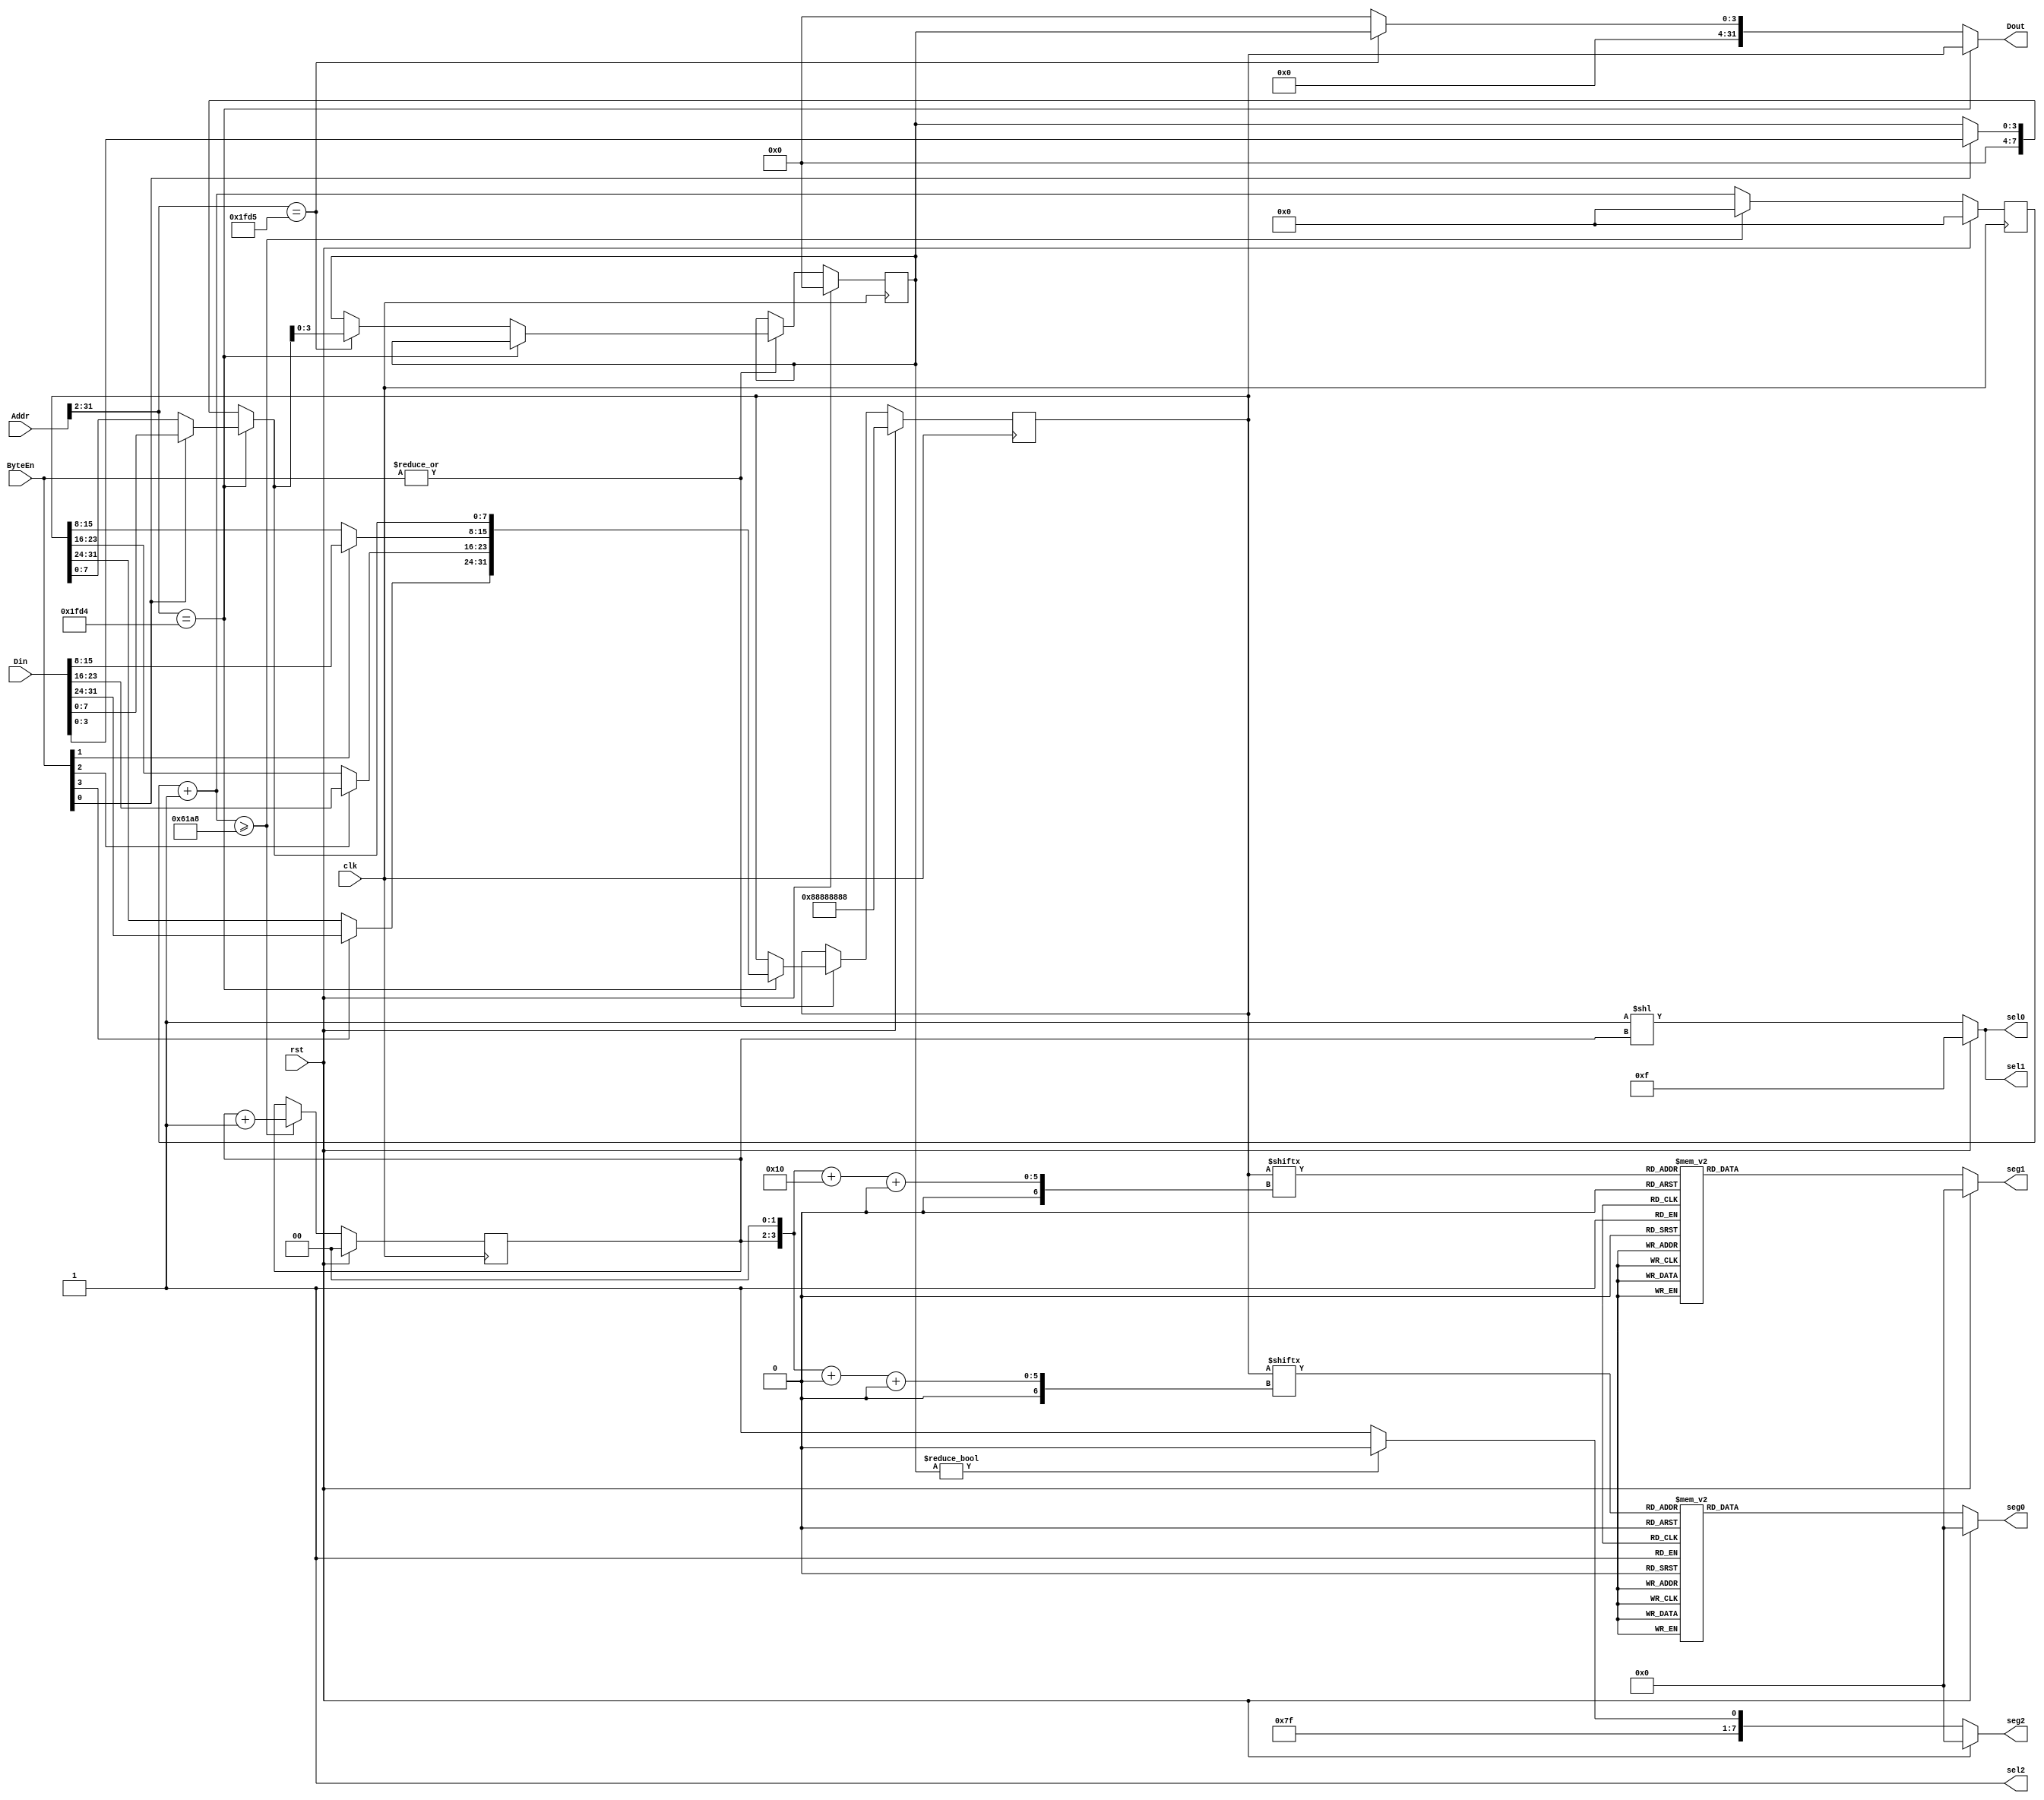
`timescale 1ns / 1ps

module DigitalTube(
    input clk,
    input rst,

    output [3:0] sel0,
    output [7:0] seg0,
    output [3:0] sel1,
    output [7:0] seg1,
    output sel2,
    output [7:0] seg2,
    
    input [31:0] Addr,
    input [3:0] ByteEn,
    input [31:0] Din,
    output reg [31:0] Dout
    );
    
    reg [31:0] g0;
    reg [3:0] g1;
    reg [31:0] wdata;
    
    always@(posedge clk) begin
        if(rst) begin
            g0 <= 32'h88888888;
            g1 <= 0;
        end else if(|ByteEn) begin
            if((Addr>>2) == (32'h7f50>>2)) g0 <= wdata;
            else if((Addr>>2) == (32'h7f54>>2)) g1 <= wdata[3:0];
        end
    end

    always@(*) begin
        if((Addr>>2) == (32'h7f50>>2)) begin
            Dout = g0;
            wdata = g0;
            if(ByteEn[3]) wdata[31:24] = Din[31:24];
            if(ByteEn[2]) wdata[23:16] = Din[23:16];
            if(ByteEn[1]) wdata[15:8] = Din[15:8];
            if(ByteEn[0]) wdata[7:0] = Din[7:0];
        end else if((Addr>>2) == (32'h7f54>>2)) begin
            Dout = {28'b0, g1};
            wdata = {28'b0, g1};
            if(ByteEn[0]) wdata[3:0] = Din[3:0];
        end else begin
            Dout = 0;
            wdata = 0;
        end
    end

    localparam PERIOD = 32'd25000;
    reg [31:0] counter;
    reg [1:0] select;
    always@(posedge clk) begin
        if(rst) begin
            counter <= 0;
            select <= 0;
        end else begin
            if(counter + 1 >= PERIOD) begin
                counter <= 0;
                select <= select + 2'b1;
            end else begin
                counter <= counter + 1;
            end
        end
    end

    assign sel0 = rst ? 4'b1111 : (4'b1 << select);
    assign seg0 = rst ? 8'b0 : hex2dig(g0[((select<<2)+5'd0) +: 4]);
    assign sel1 = rst ? 4'b1111 : (4'b1 << select);
    assign seg1 = rst ? 8'b0 : hex2dig(g0[((select<<2)+5'd16) +: 4]);
    assign sel2 = 1;
    assign seg2 = rst ? 8'b0 :
                  g1 != 4'b0 ? 8'b1111_1110 : 8'b1111_1111;

    function [7:0] hex2dig;
        input [3:0] hex;
        begin
            case (hex)
            4'h0    : hex2dig = 8'b1000_0001;   // not G
            4'h1    : hex2dig = 8'b1100_1111;   // B, C
            4'h2    : hex2dig = 8'b1001_0010;   // not C, F
            4'h3    : hex2dig = 8'b1000_0110;   // not E, F
            4'h4    : hex2dig = 8'b1100_1100;   // not A, D, E
            4'h5    : hex2dig = 8'b1010_0100;   // not B, E
            4'h6    : hex2dig = 8'b1010_0000;   // not B
            4'h7    : hex2dig = 8'b1000_1111;   // A, B, C
            4'h8    : hex2dig = 8'b1000_0000;   // All
            4'h9    : hex2dig = 8'b1000_0100;   // not E
            4'hA    : hex2dig = 8'b1000_1000;   // not D
            4'hB    : hex2dig = 8'b1110_0000;   // not A, B
            4'hC    : hex2dig = 8'b1011_0001;   // A, D, E, F
            4'hD    : hex2dig = 8'b1100_0010;   // not A, F
            4'hE    : hex2dig = 8'b1011_0000;   // not B, C
            4'hF    : hex2dig = 8'b1011_1000;   // A, E, F, G
            default : hex2dig = 8'b1111_1111;
            endcase
        end
    endfunction

endmodule